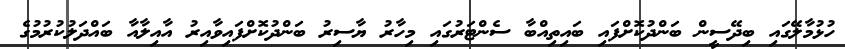
ހުޅުމާލޭގައި ބިދޭސީން ބަންދުކޮށްފައި ބައިތިއްބާ ސެންޓަރުގައި މިހާރު ޔާސިރު ބަންދުކޮށްފައިވާއިރު އާއިލާއާ ބައްދަލުކުރުމުގެ